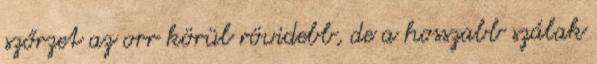
szőrzet az orr körül rövidebb, de a hosszabb szálak